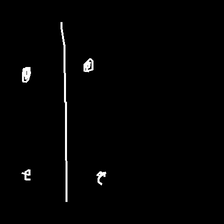
Glyph: cool